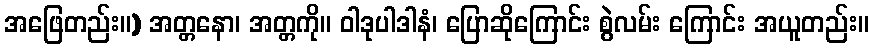
အဖြေတည်း။) အတ္တနော၊ အတ္တကို။ ဝါဒုပါဒါနံ၊ ပြောဆိုကြောင်း စွဲလမ်း ကြောင်း အယူတည်း။